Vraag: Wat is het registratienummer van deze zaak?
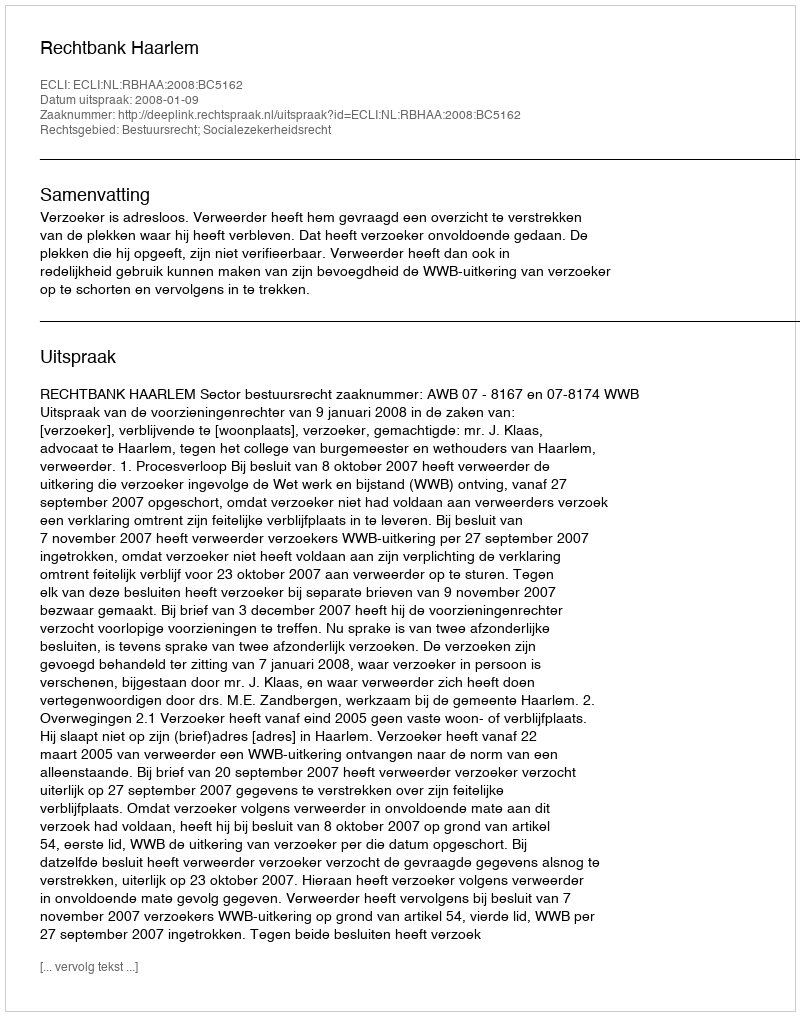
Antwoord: http://deeplink.rechtspraak.nl/uitspraak?id=ECLI:NL:RBHAA:2008:BC5162